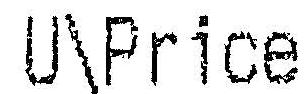
U\PRICE